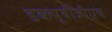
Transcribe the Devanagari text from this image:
डब्ल्यूबीजीएच